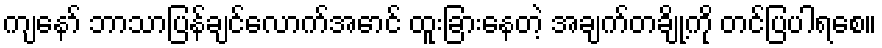
ကျနော် ဘာသာပြန်ချင်လောက်အောင် ထူးခြားနေတဲ့ အချက်တချို့ကို တင်ပြပါရစေ။